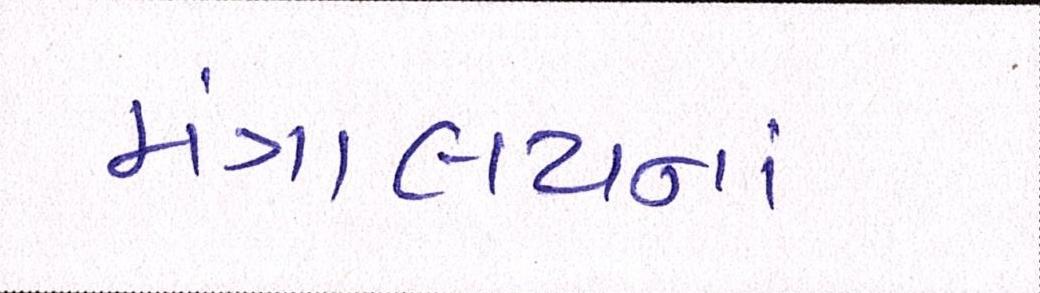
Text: મંત્રાલયનાં